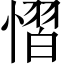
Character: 慴